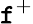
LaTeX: \mathtt{f}^{+}